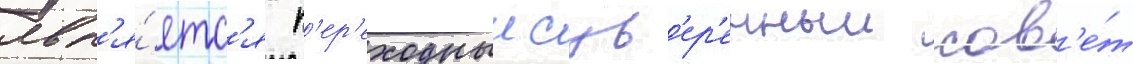
явл'я́етс'я п'ер'еходныи сув'ер'енныи сов'е́т